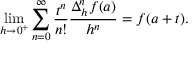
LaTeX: \operatorname* { l i m } _ { h \to 0 ^ { + } } \sum _ { n = 0 } ^ { \infty } { \frac { t ^ { n } } { n ! } } { \frac { \Delta _ { h } ^ { n } f ( a ) } { h ^ { n } } } = f ( a + t ) .